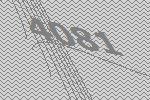
4081